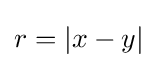
r=|x-y|